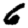
Digit: 6